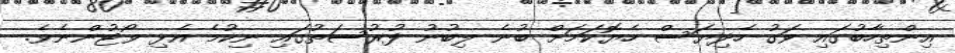
އިންތިހާބުގައި ވަގު ހެދިޔަސް ހެޔޮކަމަށް ބުނެ ލިބުނު ފުރުސަތުގައި ނިކުމެ އެޅިި ވޯޓުންނެވެ.